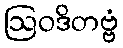
ဩဝဒိတဗ္ဗံ